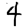
Digit: 4